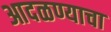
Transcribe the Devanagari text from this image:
आदळण्याचा